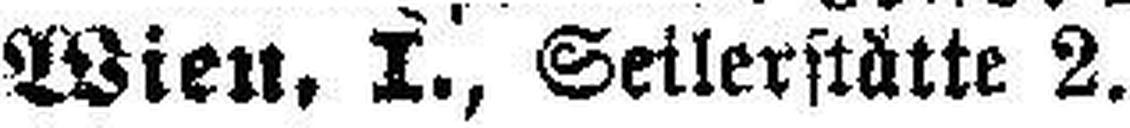
Wien, I., Seilerstätte 2.